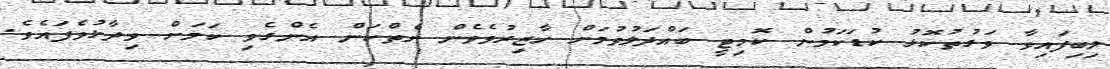
ލިބިފައިވާ ވަގުތުކޮޅު ކުޑަކަމުން ކޮމިޓީ ބައްދަލުވުމަށް ހާޒިރުވެވެން ނެތްކަން އެންގެވި ކަމަށް ވިދާޅުވެފައެވެ.